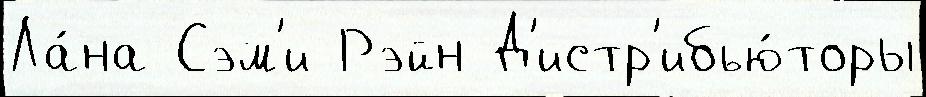
Ла́на Сэм'и Рэйн Д'истр'ибью́торы